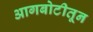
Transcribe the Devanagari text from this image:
आगबोटीतून